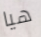
هيا